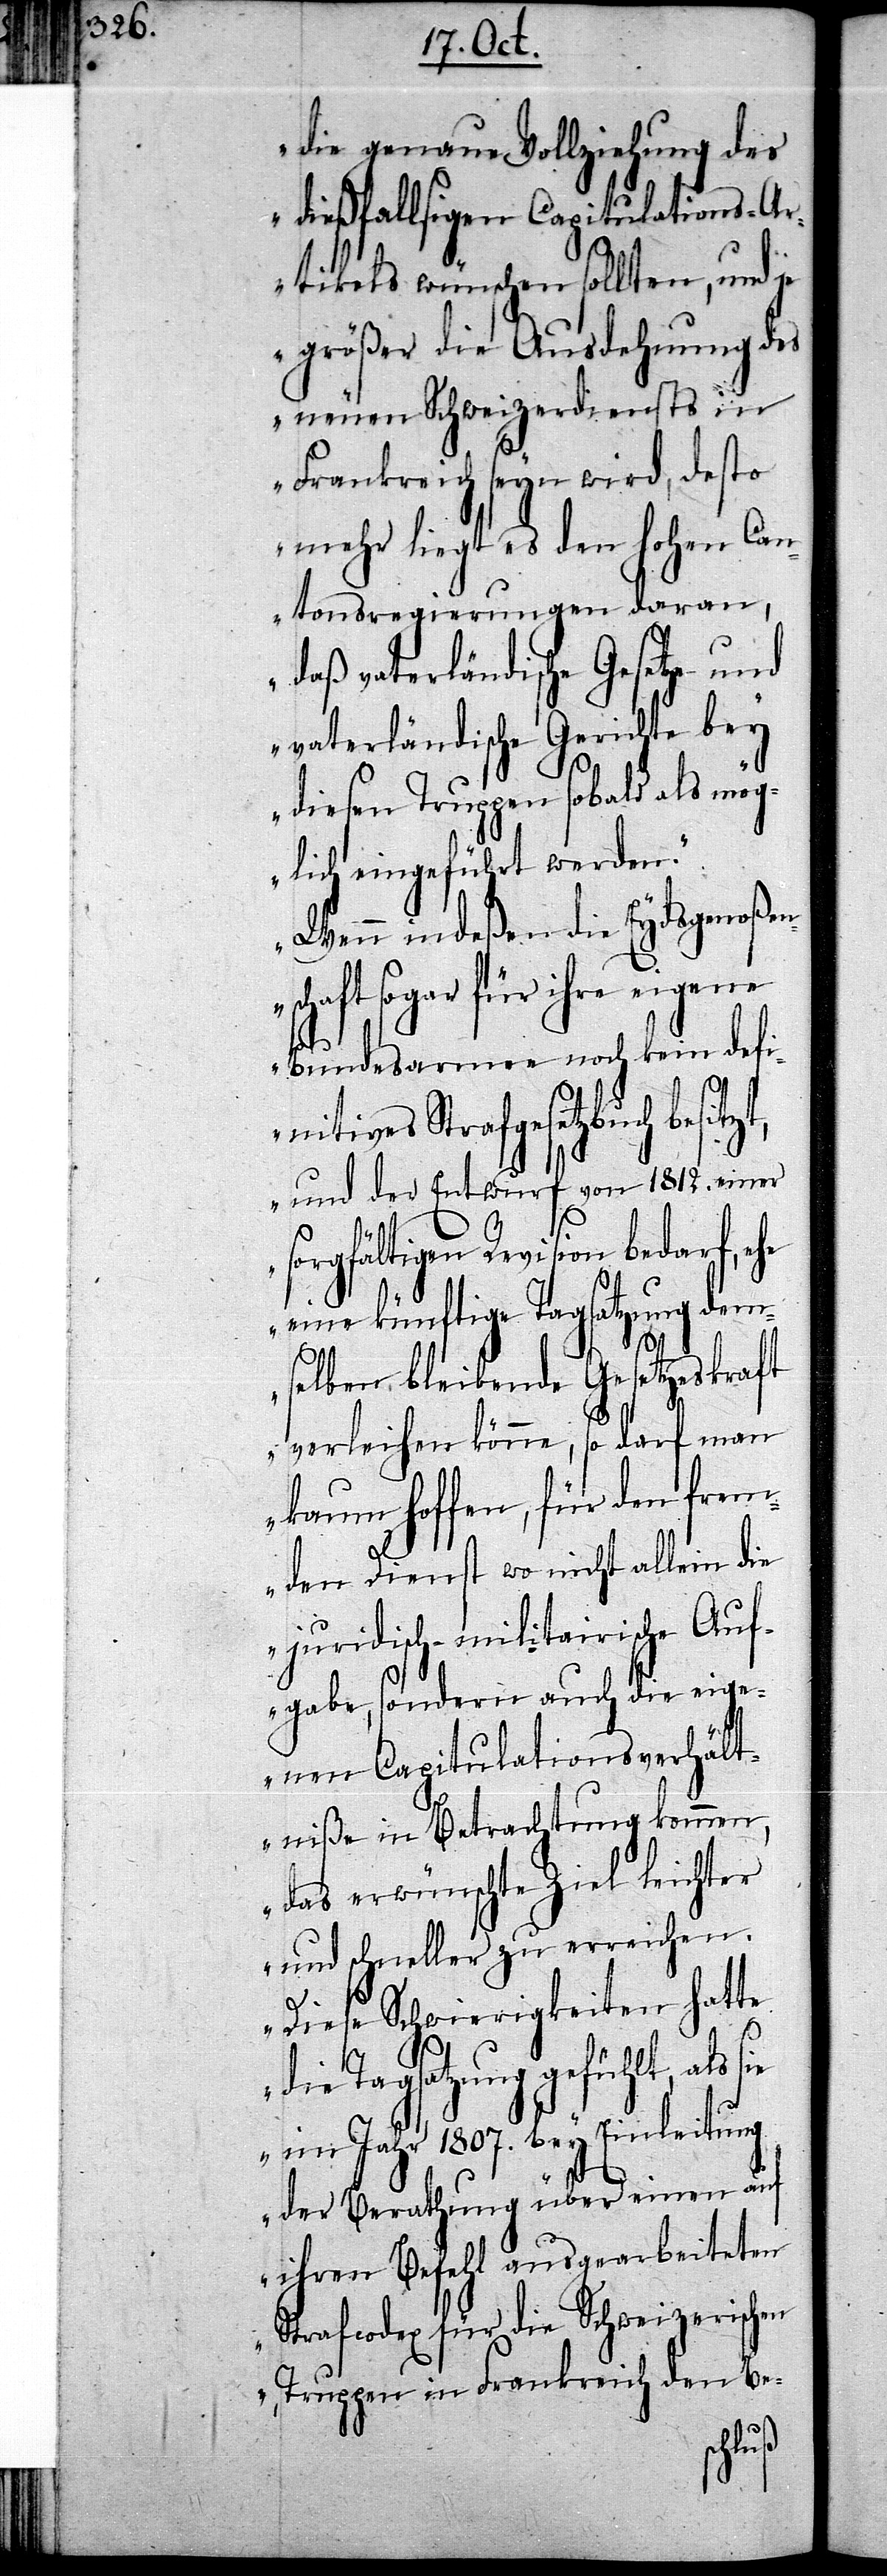
die genaue Vollziehung des
dießfallsigen Capitulations-A¬
rtikels wünschen sollten, und je
größer die Ausdehnung des
neuen Schweizerdiensts in
Frankreich seyn wird, desto
mehr liegt es den hohen Can¬
tonsregierungen daran,
daß vaterländische Gesetze und
vaterländische Gerichte bey
diesen Truppen sobald als mög¬
lich eingeführt werden.
Wenn indeßen die Eydsgenoßen¬
schaft sogar für ihre ei¬
Bundesarmee noch kein defi¬
nitives Strafgesetzbuch bes¬
und der Entwurf von 1812. einer
sorgfältigen Revision bedarf, ehe
eine künftige Tagsatzung dem¬
selben bleibende Gesezteskraft
verleihen könne, so darf man
kaum hoffen, für den frem¬
den Dienst wo nicht allein die
juridisch-militairische Auf¬
gabe, sondern auch die eige¬
nen Capitulationsverhält¬
niße in Betrachtung kommen,
das erwünschte Ziel leichter
und schneller zu erreichen.
Diese Schwierigkeiten hatte
die Tagsatzung gefühlt, als
im Jahr 1807. bey Einleitung
der Berathung über einen auf
ihren Befehl ausgearbeiteten
Strafcodex für die Schweizerischen
Truppen in Frankreich den Be-
sie